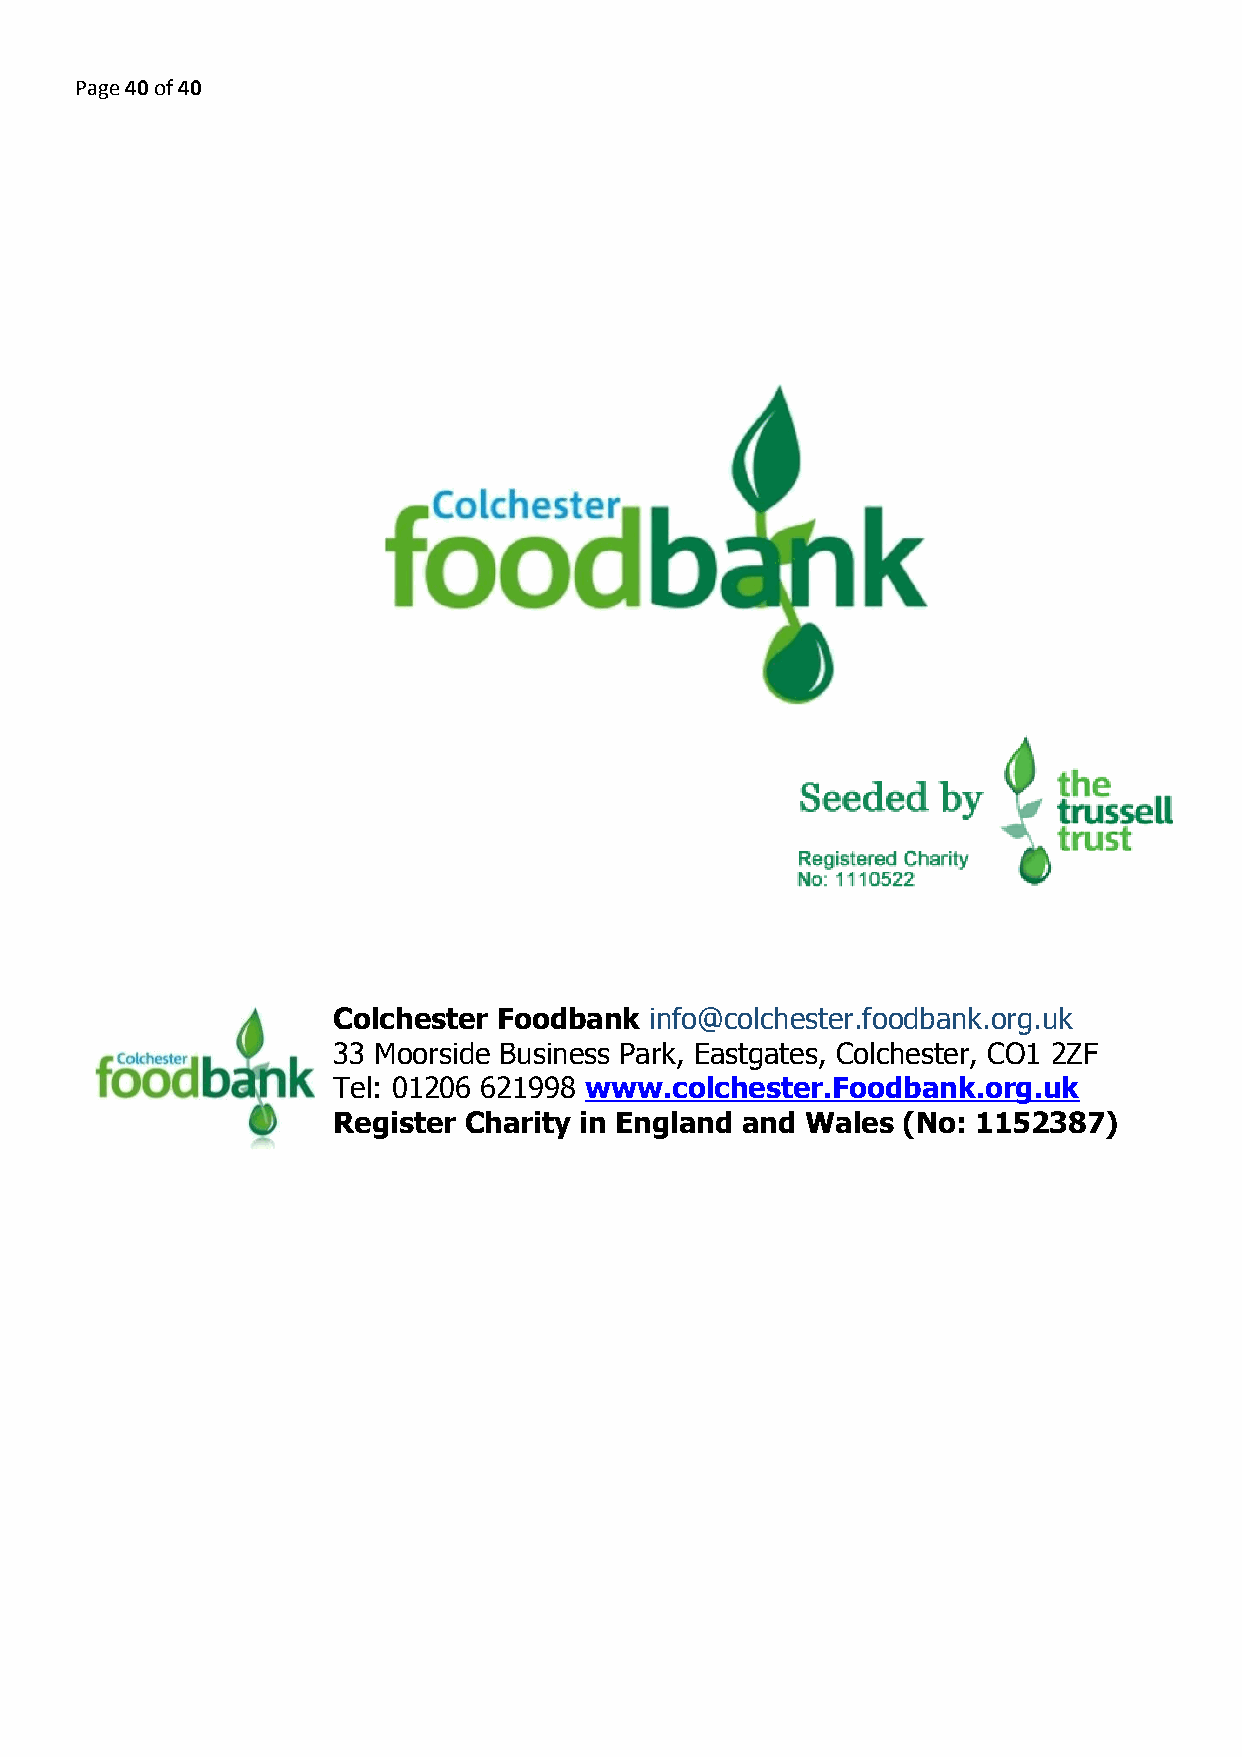
Page 40 of 40
 ​​
 Colchester Foodbank ​ ​info@colchester.foodbank.org.uk
 33 Moorside Business Park, Eastgates, Colchester, CO1 2ZF
 Tel: 01206 621998 ​www.colchester.Foodbank.org.uk
 Register Charity in England and Wales (No: 1152387)